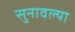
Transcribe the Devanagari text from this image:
सुनावल्या